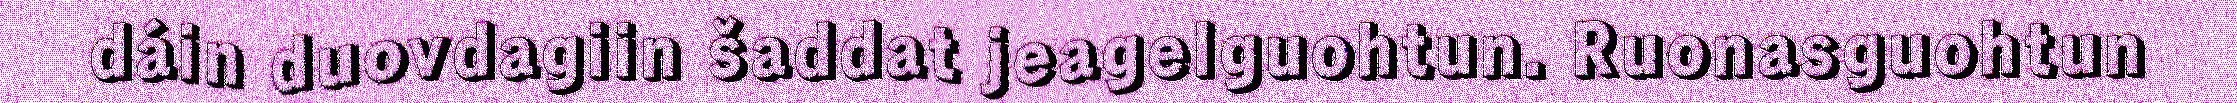
dáin duovdagiin šaddat jeagelguohtun. Ruonasguohtun